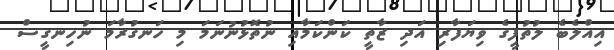
އިއްލެބެ ލުތުފީގެ ވިޔަފާރި އަދި ޒާތީ ކަންކަމާއި ނުތޮޅުނުނަމަ މި ހަނގުރާމަ ނުހިނގީސް